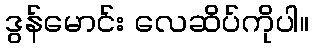
ဒွန်မောင်း လေဆိပ်ကိုပါ။